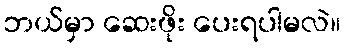
ဘယ်မှာ ဆေးဖိုး ပေးရပါမလဲ။